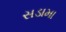
સડામા